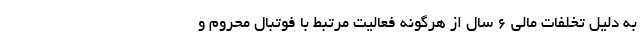
به دلیل تخلفات مالی ۶ سال از هرگونه فعالیت مرتبط با فوتبال محروم و